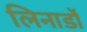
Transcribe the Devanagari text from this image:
लिनार्डो